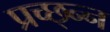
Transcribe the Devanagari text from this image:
प्रच्छ्न्न